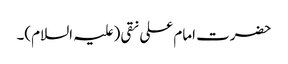
حضرت امام علی نقی (علیہ السلام)۔